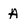
Character: A